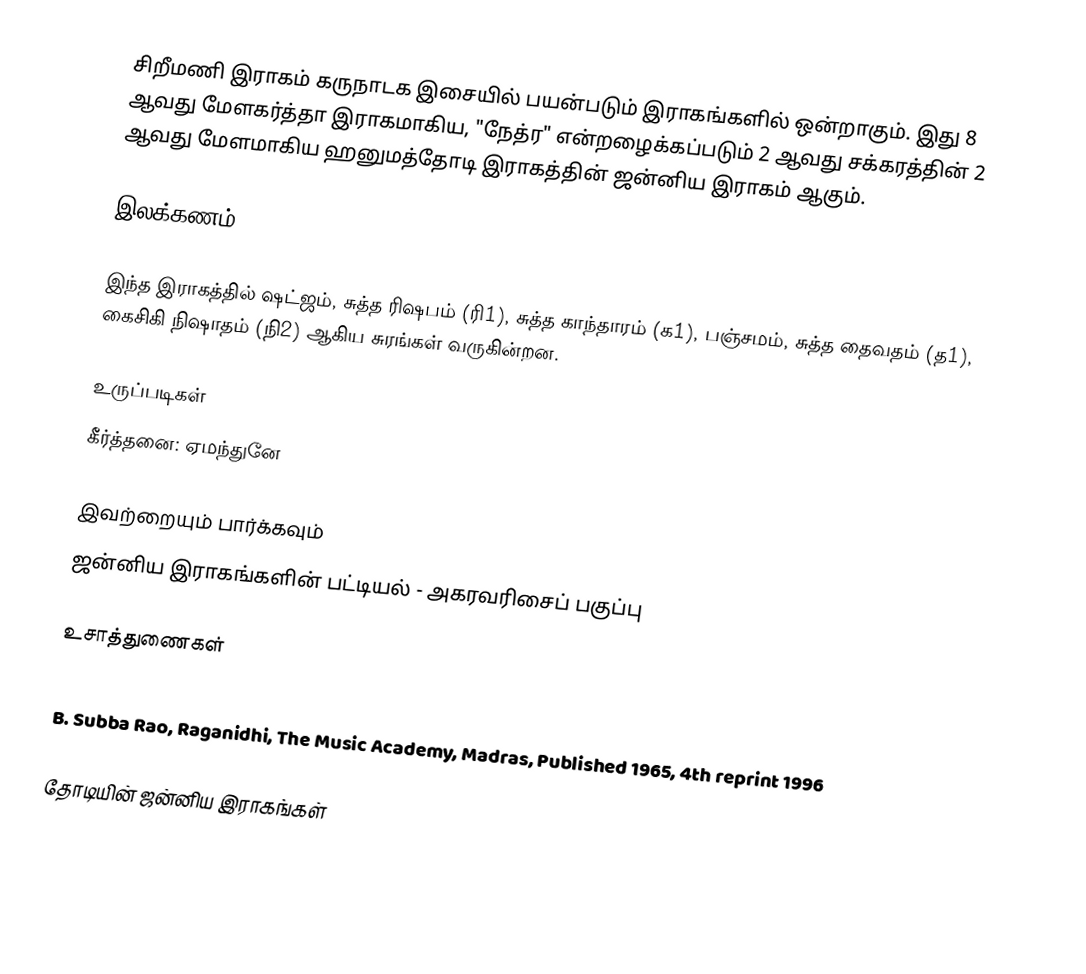
சிறீமணி இராகம் கருநாடக இசையில் பயன்படும் இராகங்களில் ஒன்றாகும். இது 8 ஆவது மேளகர்த்தா இராகமாகிய, "நேத்ர" என்றழைக்கப்படும் 2 ஆவது சக்கரத்தின் 2 ஆவது மேளமாகிய ஹனுமத்தோடி இராகத்தின் ஜன்னிய இராகம் ஆகும்.

இலக்கணம்

இந்த இராகத்தில் ஷட்ஜம், சுத்த ரிஷபம் (ரி1), சுத்த காந்தாரம் (க1), பஞ்சமம், சுத்த தைவதம் (த1), கைசிகி நிஷாதம்  (நி2) ஆகிய சுரங்கள் வருகின்றன.

உருப்படிகள்
 கீர்த்தனை: ஏமந்துனே

இவற்றையும் பார்க்கவும்
 ஜன்னிய இராகங்களின் பட்டியல் - அகரவரிசைப் பகுப்பு

உசாத்துணைகள்
 Dr. S. Bhagyalekshmy, Ragas in Carnatic Music, CBH Publications, Trivandrum, Published 1990
 B. Subba Rao, Raganidhi, The Music Academy, Madras, Published 1965, 4th reprint 1996

தோடியின் ஜன்னிய இராகங்கள்